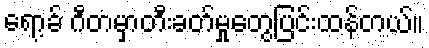
ရော့ခ် ဂီတမှာတီးခတ်မှုတွေပြင်းထန်တယ်။